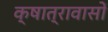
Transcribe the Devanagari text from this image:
क्षात्रावासों